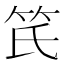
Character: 𥫽